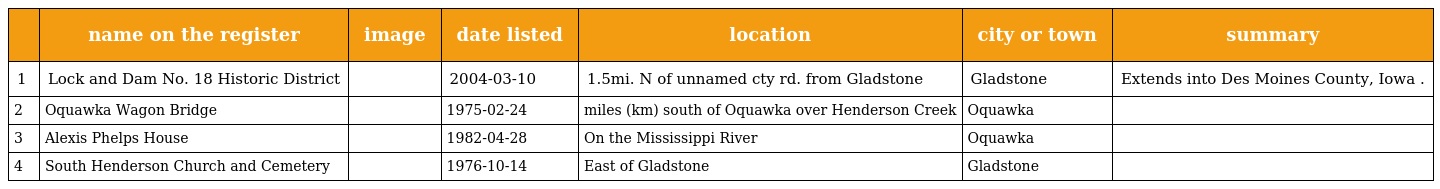
|  | name on the register | image | date listed | location | city or town | summary |
 | --- | --- | --- | --- | --- | --- | --- |
 | 1 | Lock and Dam No. 18 Historic District |  | 2004-03-10 | 1.5mi. N of unnamed cty rd. from Gladstone | Gladstone | Extends into Des Moines County, Iowa . |
 | 2 | Oquawka Wagon Bridge |  | 1975-02-24 | miles (km) south of Oquawka over Henderson Creek | Oquawka |  |
 | 3 | Alexis Phelps House |  | 1982-04-28 | On the Mississippi River | Oquawka |  |
 | 4 | South Henderson Church and Cemetery |  | 1976-10-14 | East of Gladstone | Gladstone |  |